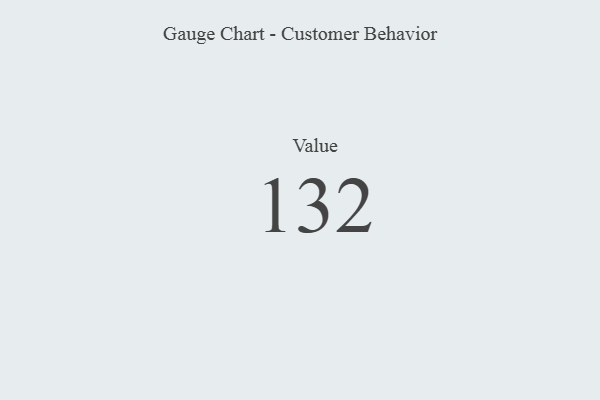
{"axis": {"x": "Metric", "y": "Value"}, "legend": [""], "data": [{"x": "Value", "y": 132, "type": ""}]}